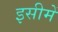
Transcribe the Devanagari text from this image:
इसीमें